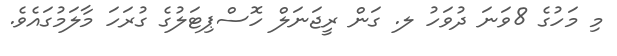
މި މަހުގެ 8ވަނަ ދުވަހު ލ. ގަން ރީޖަނަލް ހޮސްޕިޓަލުގެ ގުރަހަ މާލަމުގައެވެ.